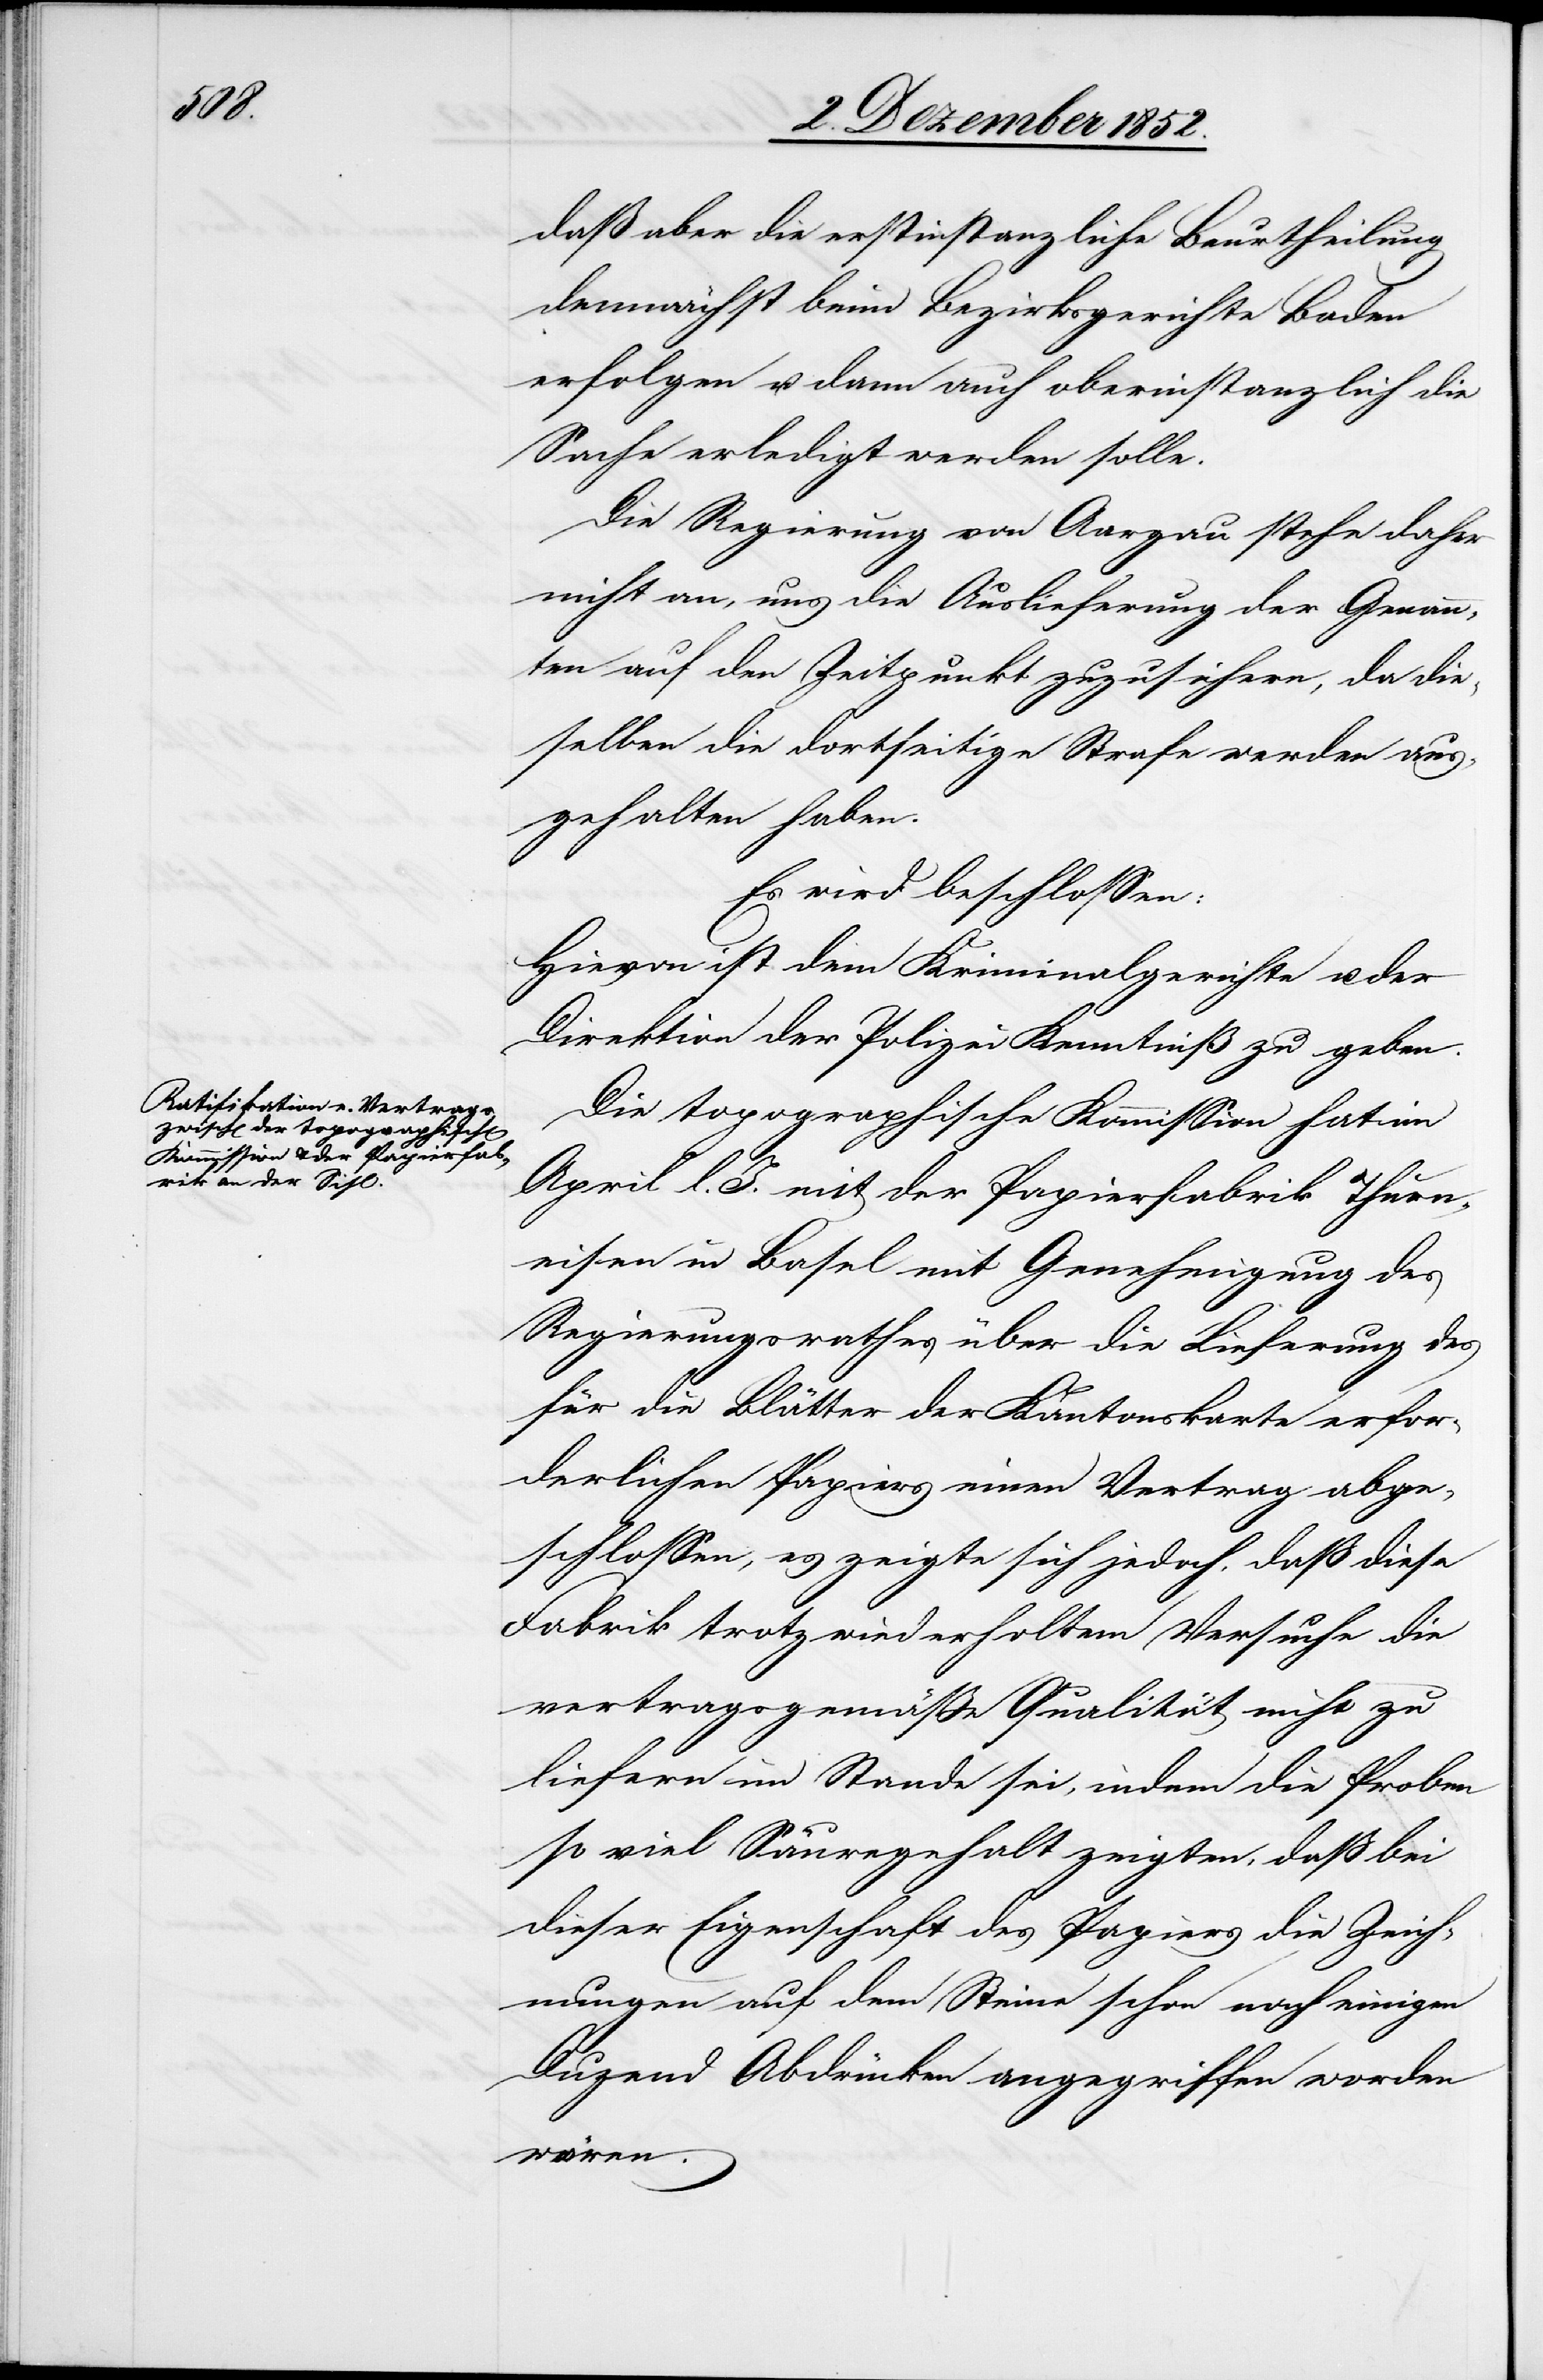
daß aber die erstinstanzliche Beurtheilung
demnächst beim Bezirksgerichte Baden
erfolgen u. dann auch oberinstanzlich die
Sache erledigt werden solle.
Die Regierung von Aargau stehe daher
nicht an, uns die Auslieferung der Genann¬
ten auf den Zeitpunkt zuzusichern, da die¬
selben die dortseitige Strafe werden aus¬
gehalten haben.
Es wird beschlossen:
Hievon ist dem Kriminalgerichte u. der
Direktion der Polizei Kenntniß zu geben.
Die topographische Kommission hat im
April l. J. mit der Papierfabrik Thurn¬
eisen in Basel mit Genehmigung des
Regierungsrathes über die Lieferung des
für die Blätter der Kantonskarte erfor¬
derlichen Papiers einen Vertrag abge¬
schlossen, es zeigte sich jedoch, daß diese
Fabrik trotz wiederholtem Versuche die
vertragsgemäße Qualität nicht zu
liefern im Stande sei, indem die Proben
so viel Säuregehalt zeigten, daß bei
dieser Eigenschaft des Papiers die Zeich¬
nungen auf dem Steine schon nach einigen
Duzend Abdrücken angegriffen worden
wären.